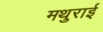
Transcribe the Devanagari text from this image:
मथुराई